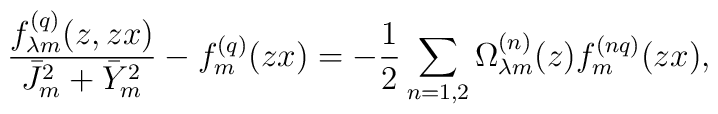
\frac{f_{\lambda m}^{(q)}(z,zx)}{\bar J_m^{2}+\bar Y_m^{2}}-f_{m}^{(q)}(zx)=-\frac{1}{2}\sum_{n=1,2}\Omega _{\lambda m}^{(n)}(z)f_m^{(nq)}(zx),